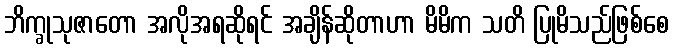
ဘိက္ခုသုဇာတော အလိုအရဆိုရင် အချိန်ဆိုတာဟာ မိမိက သတိ ပြုမိသည်ဖြစ်စေ